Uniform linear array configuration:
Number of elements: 32
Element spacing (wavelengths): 0.5
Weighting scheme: hamming
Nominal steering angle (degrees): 15
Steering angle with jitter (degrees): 14.175
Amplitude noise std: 0.05
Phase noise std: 0.05

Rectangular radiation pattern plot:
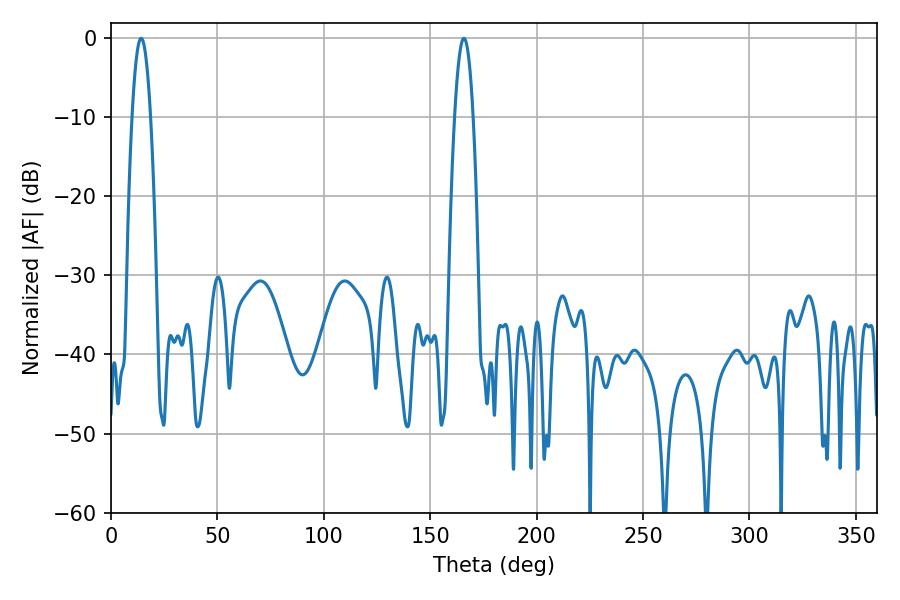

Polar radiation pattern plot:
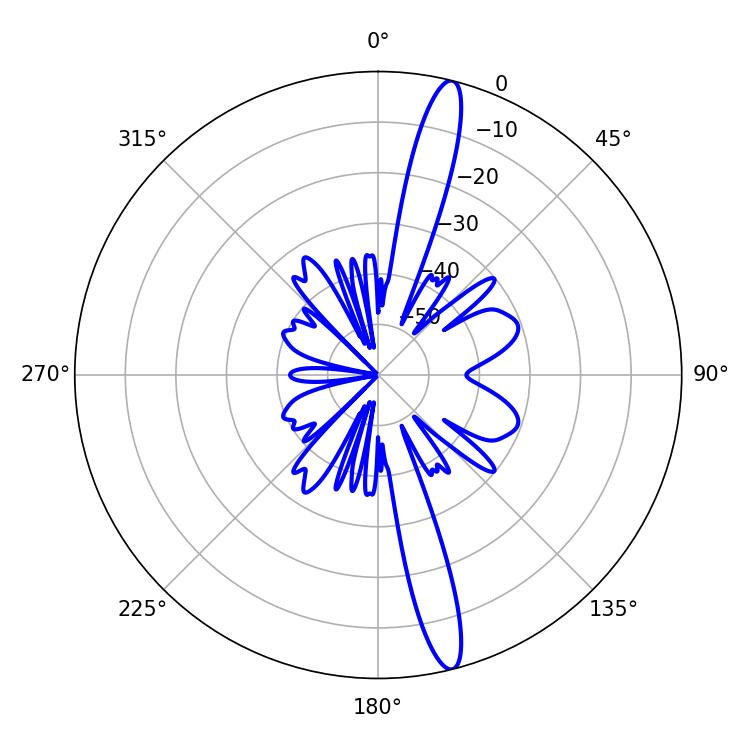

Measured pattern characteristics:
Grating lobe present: FALSE
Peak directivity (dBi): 16.499
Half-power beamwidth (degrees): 4.68
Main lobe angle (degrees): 14.22